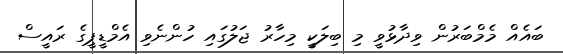
ބައެއް މެމްބަރުން ވިދާޅުވީ މި ބިލަކީ މިހާރު ޖަލުގައި ހުންނެވި އެމްޑީޕީގެ ރައީސް